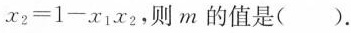
x _ { 2 } = 1 - x _ { 1 } x _ { 2 }$$,则m的值是().